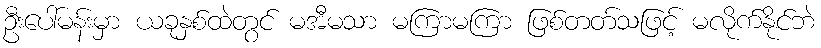
ဦးပေါ်မန်းမှာ ယခုနှစ်ထဲတွင် မအီမသာ မကြာမကြာ ဖြစ်တတ်သဖြင့် မလိုက်နိုင်ဘဲ